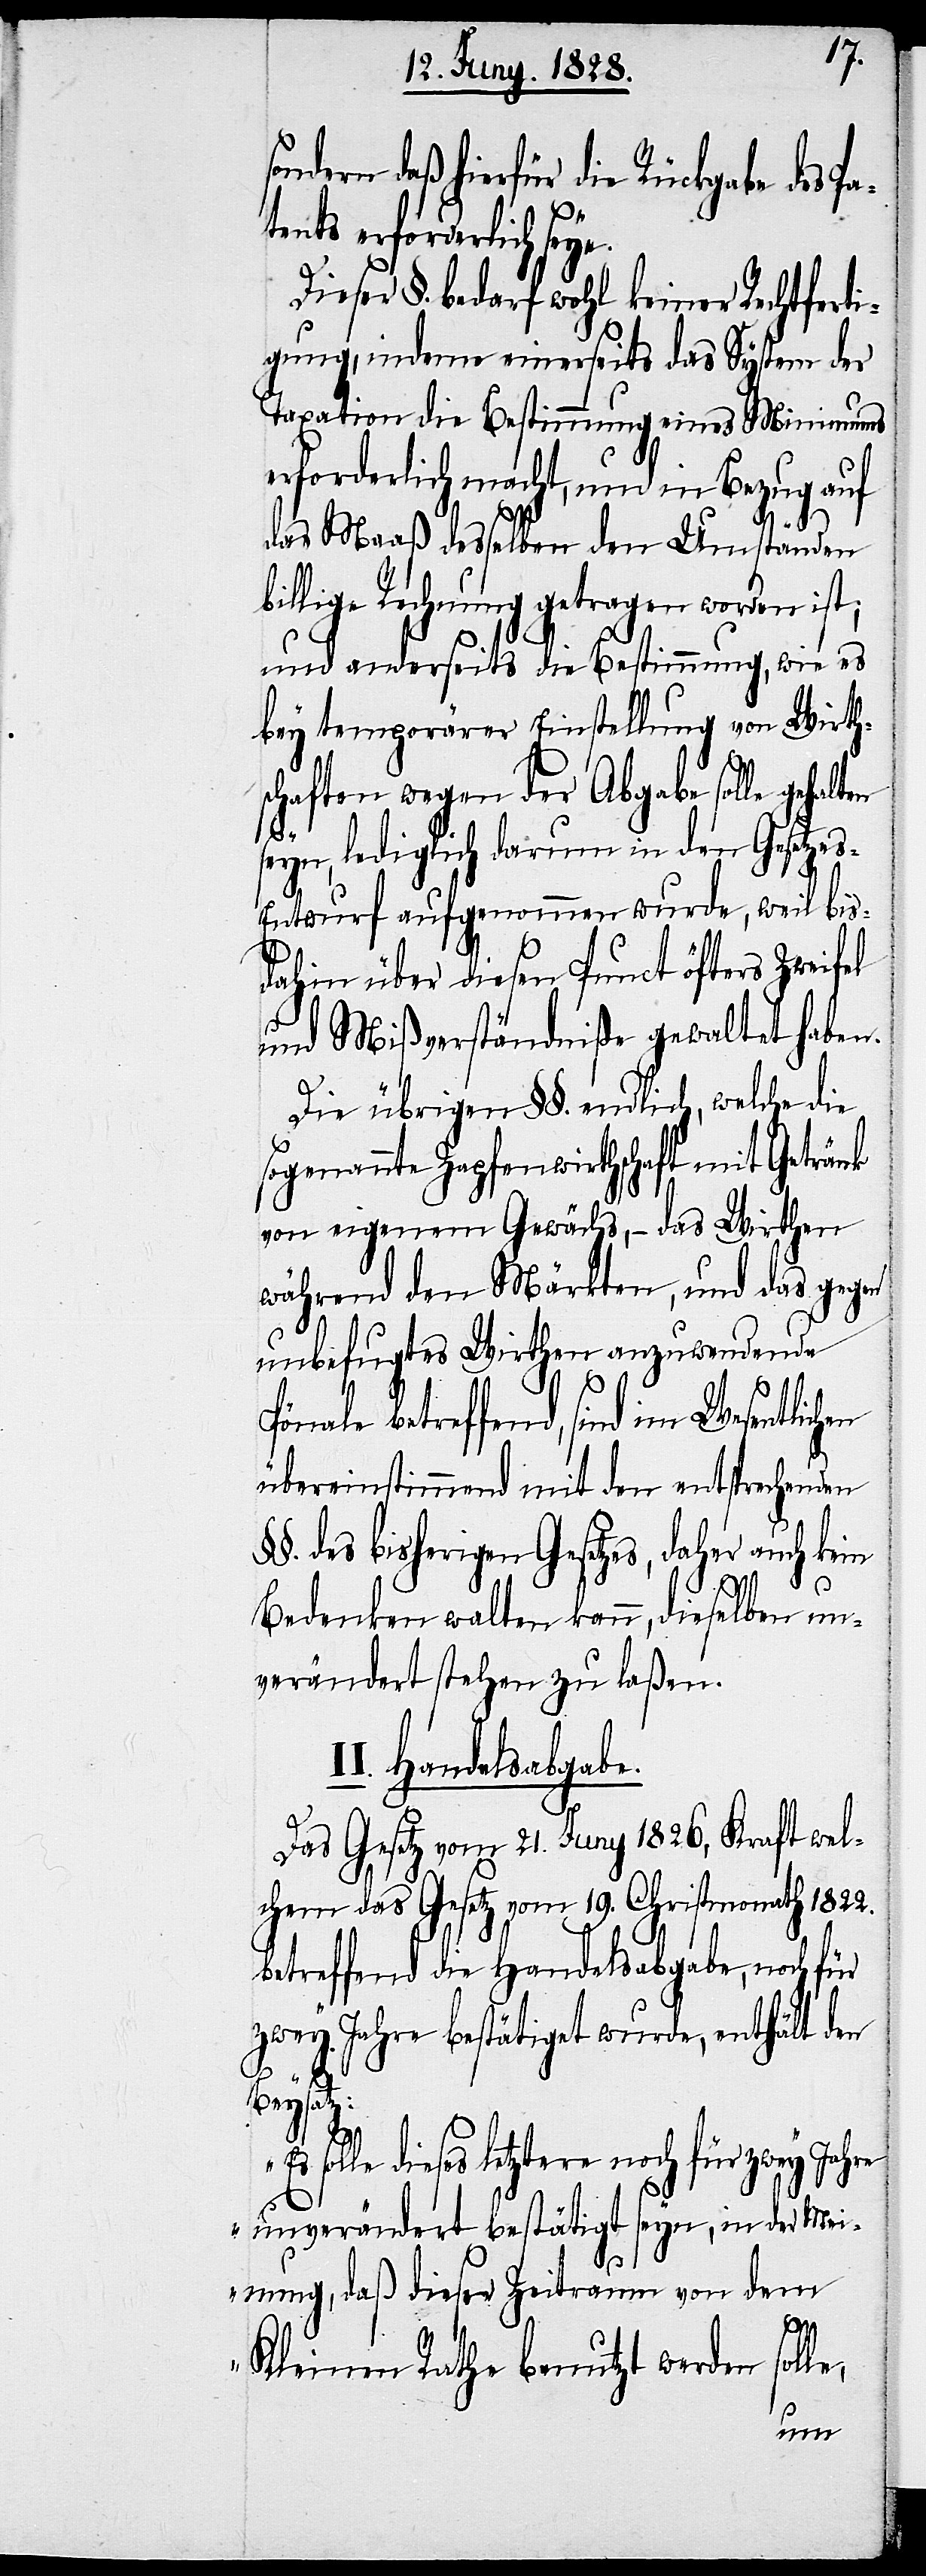
betreffend, sind im Wesentlichen
tents erforderlich seye.
Dieser §. bedarf wohl keiner Rechtferti¬
gung, indeme einerseits das System der
Taxation die Bestimmung eines Minimums
erforderlich macht, und in Bezug auf
das Maaß desselben den Umständen
billige Rechnung getragen worden ist;
und anderseits die Bestimmung, wie es
bey temporärer Einstellung von Wirth¬
schaften wegen der Abgabe solle gehalten
I¬
seyn, lediglich darum in den Gesetze¬
s-Entwurf aufgenommen wurde, weil bis¬
dahin über diesen Punct öfters Zweifel
und Mißverständniß gewaltet haben.
Die übrigen §§. endlich, welche die
sogenannte Zapfenwirthschaft mit Getränk
von eigenem Gewächs, – des Wirthen
während den Märkten, und das gegen
unbefugtes Wirthen anzuwendende
übereinstimmend mit den entsprechenden
§§. des bisherigen Gesetzes, daher auch kein
Bedenken walten kann, dieselben un¬
verändert stehen zu laßen.
I. Handelsabgabe.
Das Gesetz vom 21. Juny 1826, Kraft wel¬
chem das Gesetz vom 19. Christmonath 1822.
betreffend die Handelsabgabe, noch für
zwey Jahre bestätiget wurde, enthält den
Beysatz:
solle dieses letztere noch für zwey Jahre
unverändert bestätigt seyn, in der Mei¬
nung, daß dieser Zeitraum von dem
Kleinen Rathe benutzt werden